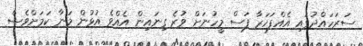
ސަރަހައްދުގައި އެއްފަހަރާ ފަސް މީހުނަށް ވުރެ ގިނައިން އެއްވެ އުޅުން މަނާ ކަމަށްވެސް